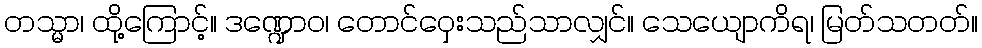
တသ္မာ၊ ထို့ကြောင့်။ ဒဏ္ဍောဝ၊ တောင်ဝှေးသည်သာလျှင်။ သေယျောကိရ၊ မြတ်သတတ်။